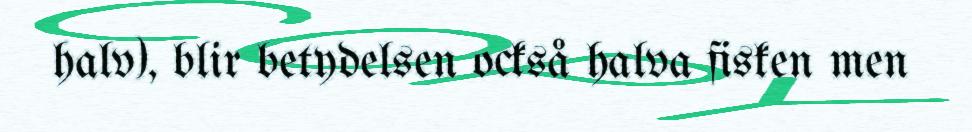
halv), blir betydelsen också halva fisken men